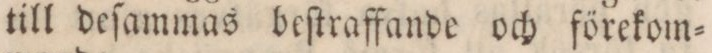
till deſammas beſtraffande och förekom=